Punjab Mental Hospital Lahore 1922-31 - 1922-1931
Year: 1922
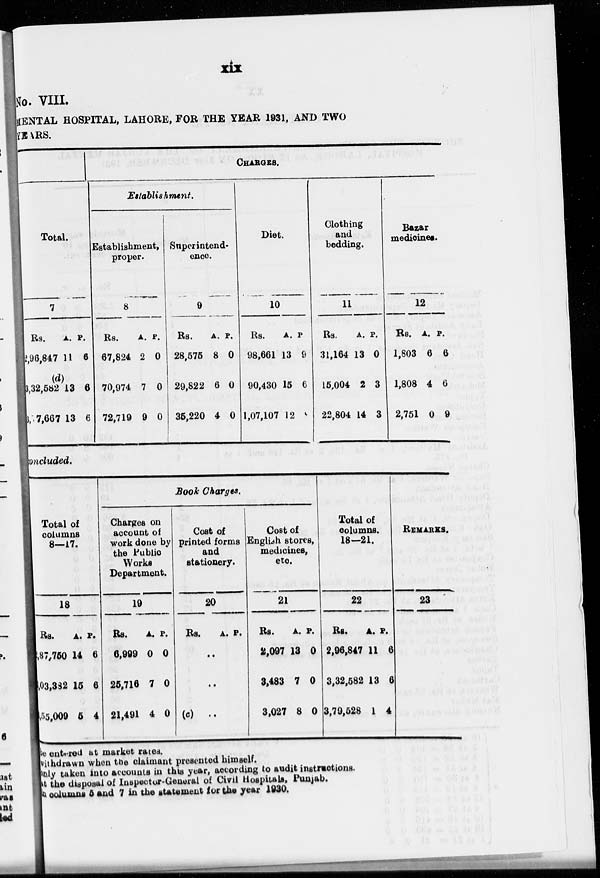
xix
No. VIII.
MENTAL HOSPITAL, LAHORE, FOR THE YEAR 1931, AND TWO
YEARS.
Total.
7
Rs.
2,96,847
(d)
3,32,582
3,27,667
A.
11
13
13
P.
6
6
6
CHARGES.
Establishment.
Establishment,
proper.
8
Rs.
67,824
70,974
72,719
A.
2
7
9
P.
0
0
0
Superintend-
ence
9
Rs.
28,575
29,822
36,220
A.
8
6
4
P.
0
0
0
Diet.
10
Rs.
98,661
90,430
1,07,107
A.
13
15
12
p
9
6
9
Clothing
and
bedding.
11
Rs.
31,164
15,004
22,804
A.
13
2
14
P.
0
3
3
Bazar
medicines.
12
Rs.
1,803
1,808
2,751
A.
6
4
0
P.
6
6
9
concluded.
Total of
columns
8—17.
18
Rs.
2,87,750
3,03,332
3,55,009
A.
14
15
5
P.
6
6
4
Book Charges.
Charges on
account of
work done by
the Public
Works
Department.
19
Rs.
6,999
25,716
21,491
A.
0
7
4
P.
0
0
0
Cost of
printed forms
and
stationery.
20
Rs.
A. P.
..
..
(c) ..
Cost of
English stores,
medicines,
etc.
21
Rs.
2,097
3,483
3,027
A.
13
7
8
P.
0
0
0
Total of
columns.
18—21.
22
Rs.
2,96,847
3,32,582
3,79,528
A.
11
13
1
P.
6
6
4
REMARKS.
23
be entered at market rates.
withdrawn when the claimant presented himself.
only taken into accounts in this year, according to audit instructions.
at the disposal of Inspector-General of Civil Hospitals, Punjab.
in columns 5 and 7 in the statement for the year 1930.